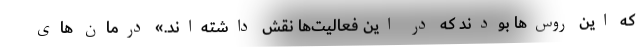
که این روس‌ها بودند که در این فعالیت‌ها نقش داشته‌اند.» درمان های